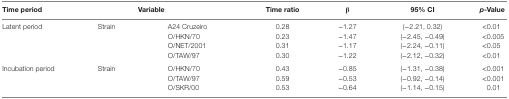
<table><thead><tr><td><b>Time period</b></td><td colspan="2"><b>Variable</b></td><td><b>Time ratio</b></td><td><b>β</b></td><td><b>95% CI</b></td><td><b><i>p</i>-Value</b></td></tr></thead><tbody><tr><td>Latent period</td><td>Strain</td><td>A24 Cruzeiro</td><td>0.28</td><td>−1.27</td><td>(−2.21, 0.32)</td><td>&lt;0.01</td></tr><tr><td></td><td></td><td>O/HKN/70</td><td>0.23</td><td>−1.47</td><td>(−2.45, −0.49)</td><td>&lt;0.005</td></tr><tr><td></td><td></td><td>O/NET/2001</td><td>0.31</td><td>−1.17</td><td>(−2.24, −0.11)</td><td>&lt;0.05</td></tr><tr><td></td><td></td><td>O/TAW/97</td><td>0.30</td><td>−1.22</td><td>(−2.12, −0.32)</td><td>&lt;0.01</td></tr><tr><td>Incubation period</td><td>Strain</td><td>O/HKN/70</td><td>0.43</td><td>−0.85</td><td>(−1.31, −0.38)</td><td>&lt;0.001</td></tr><tr><td></td><td></td><td>O/TAW/97</td><td>0.59</td><td>−0.53</td><td>(−0.92, −0.14)</td><td>&lt;0.001</td></tr><tr><td></td><td></td><td>O/SKR/00</td><td>0.53</td><td>−0.64</td><td>(−1.14, −0.15)</td><td>0.01</td></tr></tbody></table>